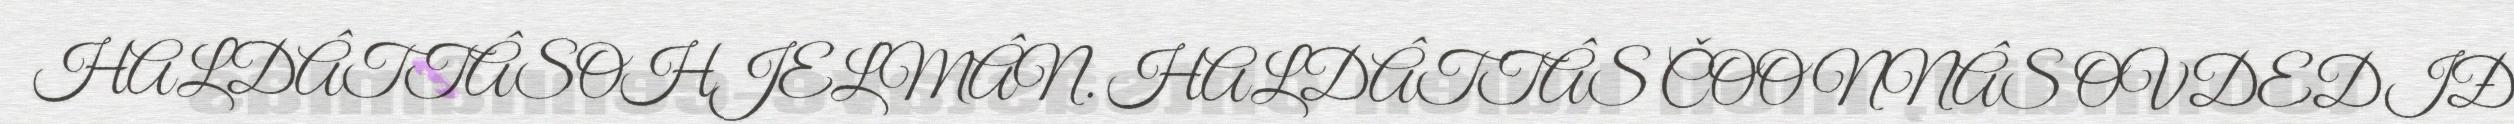
HALDÂTTÂSOHJELMÂN. HALDÂTTÂS ČOONNÂS OVDEDIĐ